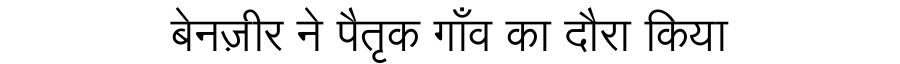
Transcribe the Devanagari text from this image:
बेनज़ीर ने पैतृक गाँव का दौरा किया